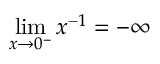
\operatorname* { l i m } _ { x \to 0 ^ { - } } { x ^ { - 1 } } = - \infty